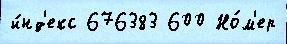
и́нд'екс 676383 600 Но́м'ер